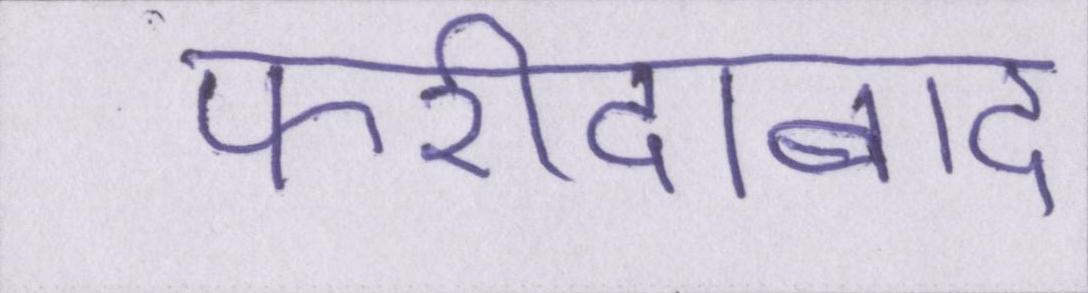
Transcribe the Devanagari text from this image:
फरीदाबाद